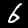
Label: 6